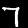
Label: 7